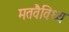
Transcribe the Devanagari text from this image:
मतवैविध्य